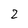
Character: 2